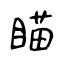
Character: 瞄